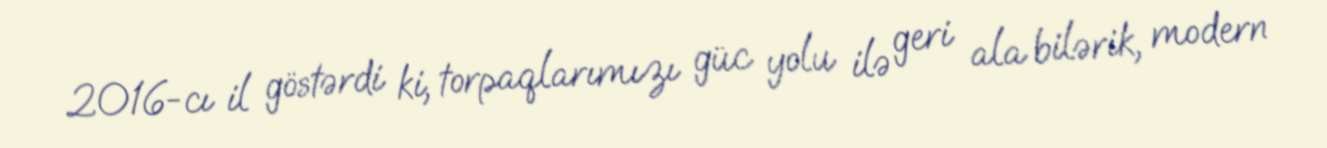
2016-cı il göstərdi ki, torpaqlarımızı güc yolu ilə geri ala bilərik, modern